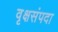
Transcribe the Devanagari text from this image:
वृक्षसंपदा